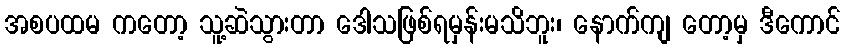
အစပထမ ကတော့ သူ့ဆဲသွားတာ ဒေါသဖြစ်ရမှန်းမသိဘူး၊ နောက်ကျ တော့မှ ဒီကောင်